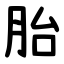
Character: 胎